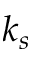
k _ { s }